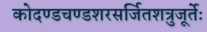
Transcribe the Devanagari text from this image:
कोदण्डचण्डशरसर्जितशत्रुजूर्तेः